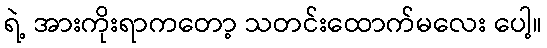
ရဲ့ အားကိုးရာကတော့ သတင်းထောက်မလေး ပေါ့။